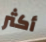
أكثر